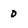
Character: 0